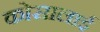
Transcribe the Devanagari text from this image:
कोसालाई